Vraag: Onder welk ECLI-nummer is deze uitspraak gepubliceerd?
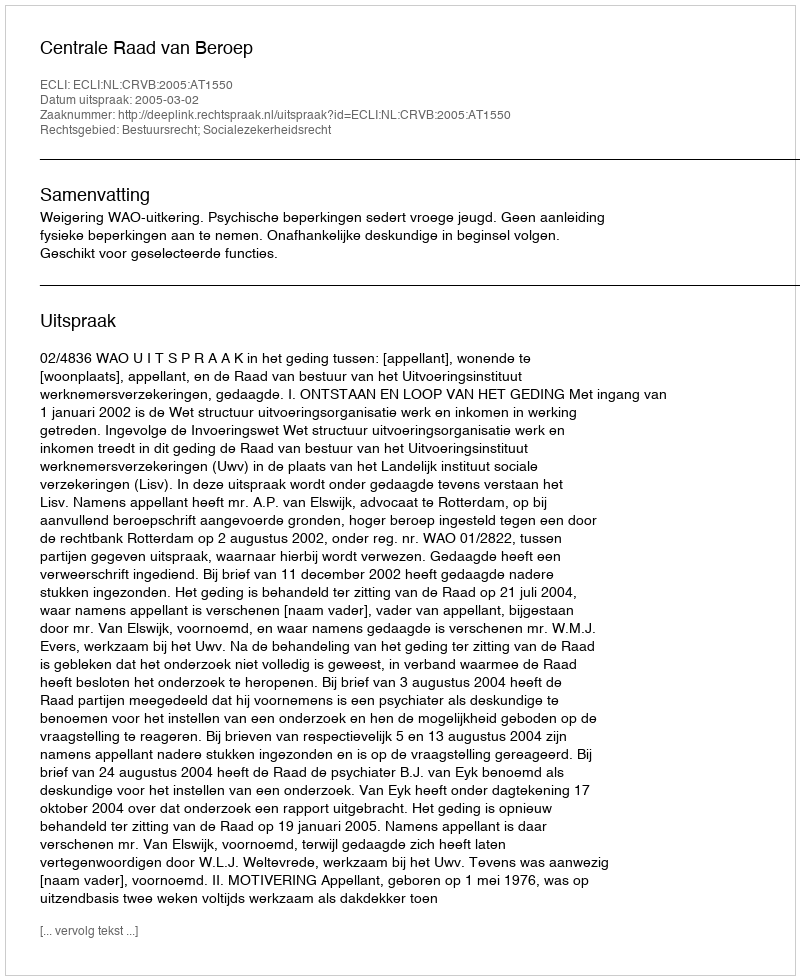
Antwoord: ECLI:NL:CRVB:2005:AT1550